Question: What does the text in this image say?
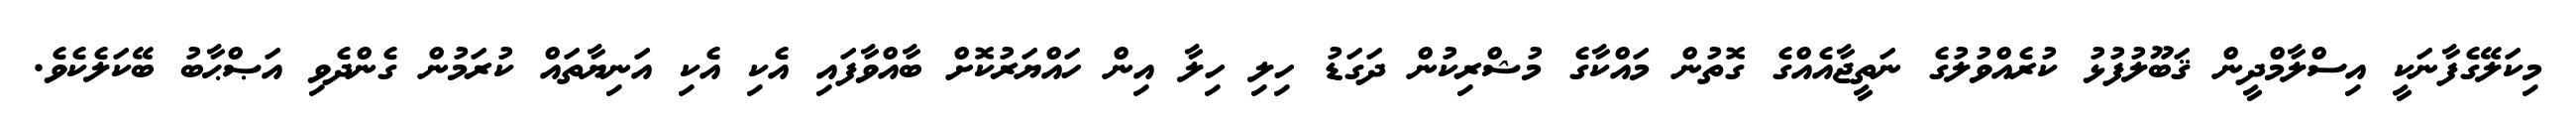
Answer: މިކަލޭގެފާނަކީ އިސްލާމްދީން ޤަބޫލުފުޅު ކުރެއްވުލުގެ ނަތީޖާއެއްގެ ގޮތުން މައްކާގެ މުޝްރިކުން ދަގަޑު ހިލި ހިލާ އިން ހައްޔަރުކޮށް ބާއްވާފައި އެކި އެކި އަނިޔާތައް ކުރަމުން ގެންދެވި އަޞްޙާބު ބޭކަލެކެވެ.